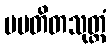
ပပတိတသုတ္တံ